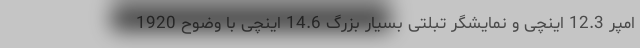
امپر 12.3 اینچی و نمایشگر تبلتی بسیار بزرگ 14.6 اینچی با وضوح 1920